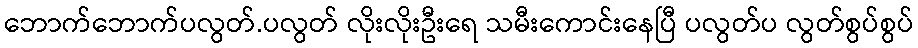
ဘောက်ဘောက်ပလွတ်.ပလွတ် လိုးလိုးဦးရေ သမီးကောင်းနေပြီ ပလွတ်ပ လွတ်စွပ်စွပ်